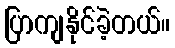
ပြာကျနိုင်ခဲ့တယ်။